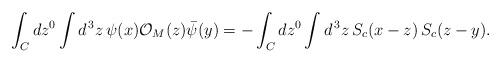
LaTeX: \begin{align*}\int_C d z^0 \int d^{\, 3} z \, \psi (x) {\cal O}_M (z) \bar{\psi} (y) = - \int_C d z^0 \int d^{\, 3} z \, S_c (x - z) \, S_c (z - y) .\end{align*}